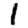
Digit: 1